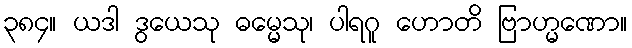
၃၈၄။ ယဒါ ဒွယေသု ဓမ္မေသု၊ ပါရဂူ ဟောတိ ဗြာဟ္မဏော။